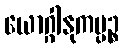
ယောဂ္ဂါနုကမ္ပဉ္စ